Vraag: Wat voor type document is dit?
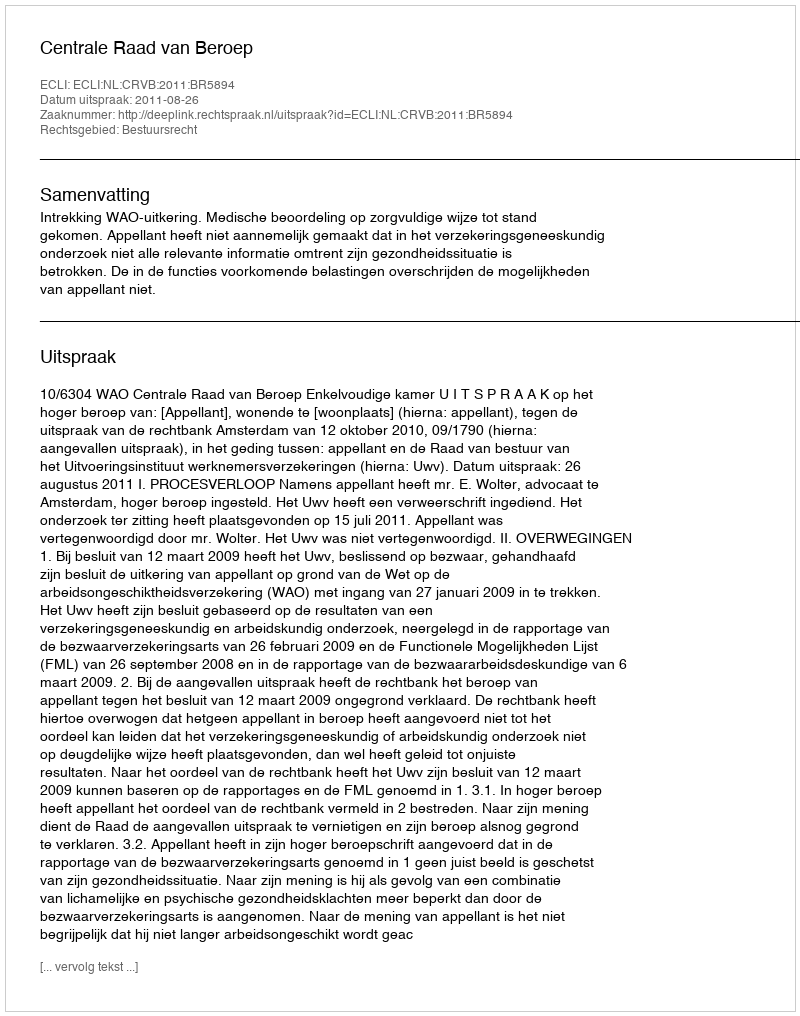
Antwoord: Uitspraak